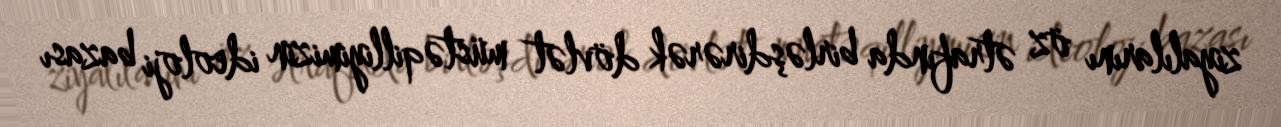
ziyalılarını öz ətrafında birləşdirərək dövlət müstəqilliyimizin ideoloji bazası